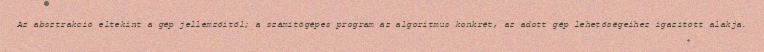
Az absztrakció eltekint a gép jellemzőitől; a számítógépes program az algoritmus konkrét, az adott gép lehetőségeihez igazított alakja.